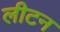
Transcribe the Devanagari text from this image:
लीटन